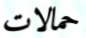
حمالات